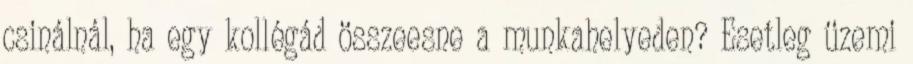
csinálnál, ha egy kollégád összeesne a munkahelyeden? Esetleg üzemi